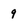
Character: 9